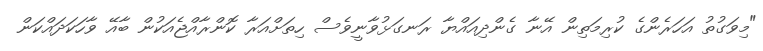
"މިވަގުތު އަހަރެންގެ ކުރިމަތިން އޭނާ ގެންދިއައްޔާ ރަނގަޅުވާނީވެސް ހިތަށްއަރާ ކޮންރާއްޖެއަކުން ބާއޭ ވާހަކަދައްކަން